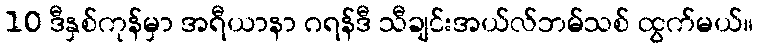
10 ဒီနှစ်ကုန်မှာ အရီယာနာ ဂရန်ဒီ သီချင်းအယ်လ်ဘမ်သစ် ထွက်မယ်။